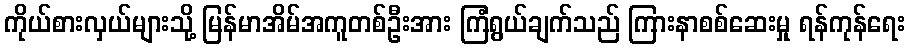
ကိုယ်စားလှယ်များသို့ မြန်မာအိမ်အကူတစ်ဦးအား ကြံရွယ်ချက်သည် ကြားနာစစ်ဆေးမှု ရန်ကုန်ရေး